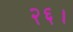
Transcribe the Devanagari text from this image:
२६।